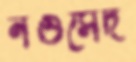
নওসেদ